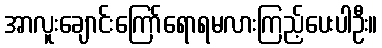
အာလူးချောင်းကြော်ရောရမလားကြည့်ပေးပါဦး။